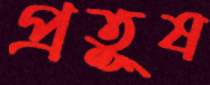
প্রতুূষ